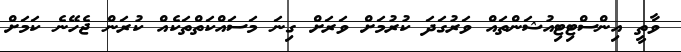
ވާތީ އިންސްޓިޓިއުޝަންތައް ވަރުގަދަ ކުރުމަށް ވަރަށް ގިނަ މަސައްކަތްތަކެއް ކުރަން ޖެހޭނެ ކަމަށް